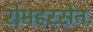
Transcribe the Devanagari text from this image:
रोमहरसेन